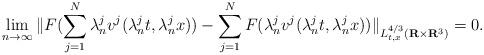
LaTeX: \begin{align*}\lim_{n \rightarrow \infty} \| F(\sum_{j = 1}^{N} \lambda_{n}^{j} v^{j}(\lambda_{n}^{j} t, \lambda_{n}^{j} x)) - \sum_{j = 1}^{N} F(\lambda_{n}^{j} v^{j}(\lambda_{n}^{j} t, \lambda_{n}^{j} x)) \|_{L_{t,x}^{4/3}(\mathbf{R} \times \mathbf{R}^{3})} = 0.\end{align*}